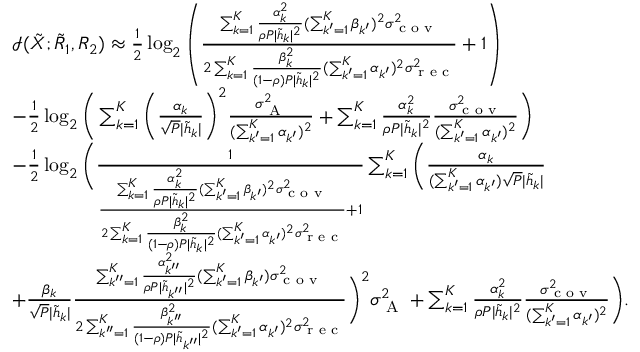
\begin{array} { r l } & { \mathcal { I } ( { { { \tilde { X } } } } ; { { { \tilde { R } } } _ { 1 } } , { { { R } } _ { 2 } } ) \approx \frac { 1 } { 2 } \log _ { 2 } \left( { \frac { { { \sum _ { k = 1 } ^ { K } \frac { \alpha _ { k } ^ { 2 } } { \rho P | \tilde { h } _ { k } | ^ { 2 } } } } ( \sum _ { k ^ { \prime } = 1 } ^ { K } \beta _ { k ^ { \prime } } ) ^ { 2 } \sigma _ { \textrm { c o v } } ^ { 2 } } { 2 \sum _ { k = 1 } ^ { K } \frac { \beta _ { k } ^ { 2 } } { ( 1 - \rho ) P | \tilde { h } _ { k } | ^ { 2 } } ( \sum _ { k ^ { \prime } = 1 } ^ { K } \alpha _ { k ^ { \prime } } ) ^ { 2 } \sigma _ { \textrm { r e c } } ^ { 2 } } + 1 } \right) } \\ & { - \frac { 1 } { 2 } \log _ { 2 } \bigg ( \sum _ { k = 1 } ^ { K } \bigg ( \frac { \alpha _ { k } } { \sqrt { P } | \tilde { h } _ { k } | } \bigg ) ^ { 2 } \frac { \sigma _ { \textrm { A } } ^ { 2 } } { ( \sum _ { k ^ { \prime } = 1 } ^ { K } \alpha _ { k ^ { \prime } } ) ^ { 2 } } + \sum _ { k = 1 } ^ { K } \frac { \alpha _ { k } ^ { 2 } } { \rho P | \tilde { h } _ { k } | ^ { 2 } } \frac { \sigma _ { \textrm { c o v } } ^ { 2 } } { ( \sum _ { k ^ { \prime } = 1 } ^ { K } \alpha _ { k ^ { \prime } } ) ^ { 2 } } \bigg ) } \\ & { - \frac { 1 } { 2 } \log _ { 2 } \bigg ( \frac { 1 } { { { \frac { { { \sum _ { k = 1 } ^ { K } \frac { \alpha _ { k } ^ { 2 } } { \rho P | \tilde { h } _ { k } | ^ { 2 } } } } ( \sum _ { k ^ { \prime } = 1 } ^ { K } \beta _ { k ^ { \prime } } ) ^ { 2 } \sigma _ { \textrm { c o v } } ^ { 2 } } { 2 \sum _ { k = 1 } ^ { K } \frac { \beta _ { k } ^ { 2 } } { ( 1 - \rho ) P | \tilde { h } _ { k } | ^ { 2 } } ( \sum _ { k ^ { \prime } = 1 } ^ { K } \alpha _ { k ^ { \prime } } ) ^ { 2 } \sigma _ { \textrm { r e c } } ^ { 2 } } + 1 } } } \sum _ { k = 1 } ^ { K } \bigg ( \frac { \alpha _ { k } } { ( \sum _ { k ^ { \prime } = 1 } ^ { K } \alpha _ { k ^ { \prime } } ) \sqrt { P } | \tilde { h } _ { k } | } } \\ & { + \frac { \beta _ { k } } { \sqrt { P } | \tilde { h } _ { k } | } \frac { { { \sum _ { k ^ { \prime \prime } = 1 } ^ { K } \frac { \alpha _ { k ^ { \prime \prime } } ^ { 2 } } { \rho P | \tilde { h } _ { k ^ { \prime \prime } } | ^ { 2 } } } } ( \sum _ { k ^ { \prime } = 1 } ^ { K } \beta _ { k ^ { \prime } } ) \sigma _ { \textrm { c o v } } ^ { 2 } } { 2 \sum _ { k ^ { \prime \prime } = 1 } ^ { K } \frac { \beta _ { k ^ { \prime \prime } } ^ { 2 } } { ( 1 - \rho ) P | \tilde { h } _ { k ^ { \prime \prime } } | ^ { 2 } } ( \sum _ { k ^ { \prime } = 1 } ^ { K } \alpha _ { k ^ { \prime } } ) ^ { 2 } \sigma _ { \textrm { r e c } } ^ { 2 } } \bigg ) ^ { 2 } \sigma _ { \textrm { A } } ^ { 2 } + \sum _ { k = 1 } ^ { K } \frac { \alpha _ { k } ^ { 2 } } { \rho P | \tilde { h } _ { k } | ^ { 2 } } \frac { \sigma _ { \textrm { c o v } } ^ { 2 } } { ( \sum _ { k ^ { \prime } = 1 } ^ { K } \alpha _ { k ^ { \prime } } ) ^ { 2 } } \bigg ) . } \end{array}